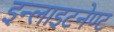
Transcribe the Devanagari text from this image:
इन्लाइटनेण्ट